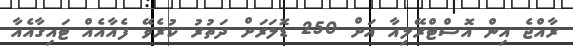
ރާއްޖެ އިން އޮސްޓްރޭލިއާ އަށް 250 ޑޮލަރަށް ދަތުރު ކުރެވޭ ފެއާއެއް ޓައިގާއެއާ